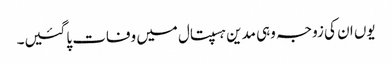
یوں ان کی زوجہ وہی مدین ہسپتال میں وفات پاگئیں۔